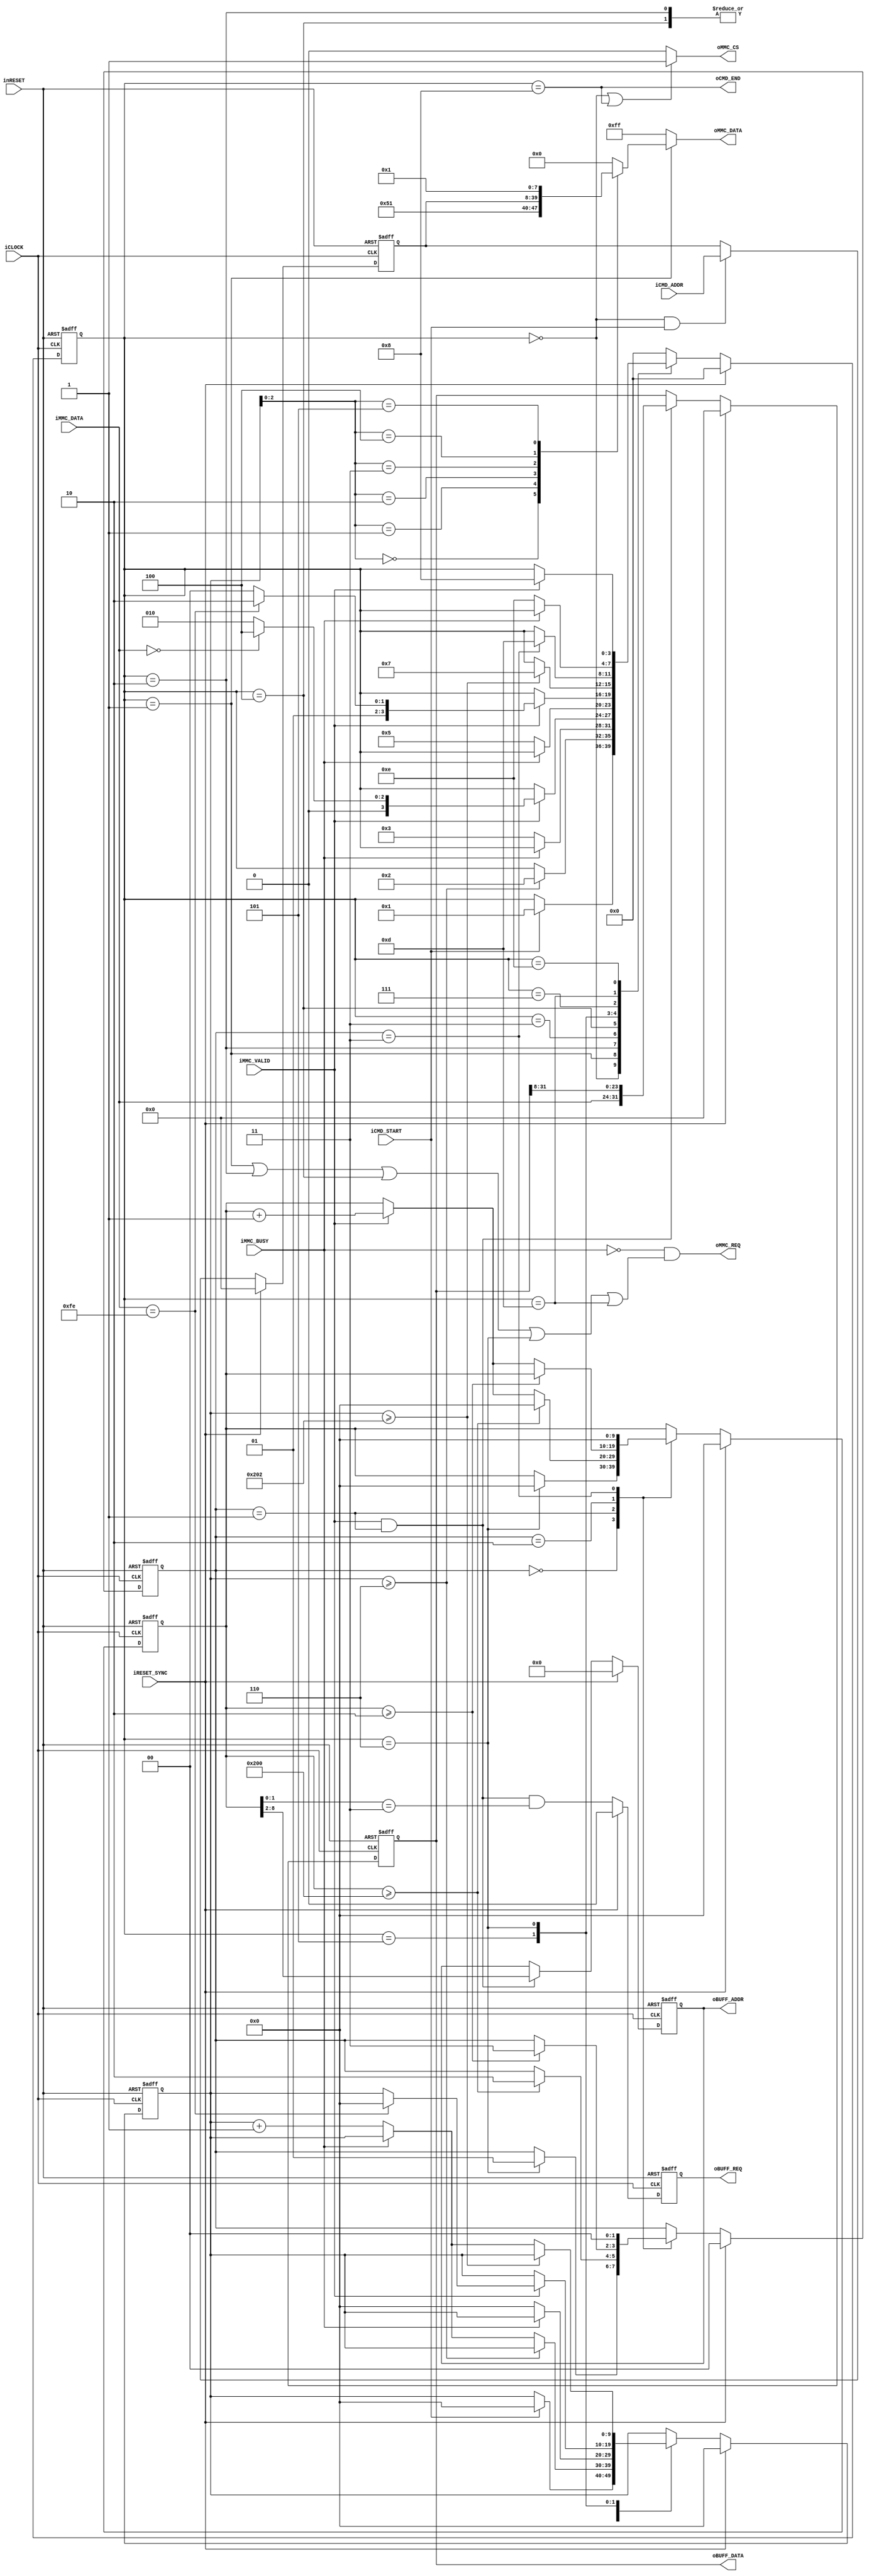
`default_nettype none


module mmc_cmd_control_layer_cmd17(
		input wire iCLOCK,
		input wire inRESET,
		input wire iRESET_SYNC,
		//
		input wire iCMD_START,
		input wire [31:0] iCMD_ADDR,
		output wire oCMD_END,
		//Buffer
		output wire oBUFF_REQ,
		output wire [6:0] oBUFF_ADDR,
		output wire [31:0] oBUFF_DATA,
		//Write
		output wire oMMC_REQ,
		input wire iMMC_BUSY,
		output wire oMMC_CS,
		output wire [7:0] oMMC_DATA,
		//Read
		input wire iMMC_VALID,
		input wire [7:0] iMMC_DATA
	);

	localparam PL_MAIN_STT_IDLE = 4'h0;
	localparam PL_MAIN_STT_CMD = 4'h1;
	localparam PL_MAIN_STT_RESP_REQ = 4'h2;
	localparam PL_MAIN_STT_RESP_GET = 4'h3;
	localparam PL_MAIN_STT_STBLOCK_REQ = 4'h4;
	localparam PL_MAIN_STT_STBLOCK_GET = 4'h5;
	localparam PL_MAIN_STT_DATA_GET = 4'h6;
	localparam PL_MAIN_STT_DATA_WAIT = 4'h7;

	localparam PL_MAIN_STT_DUMMY_REQ = 4'hd;
	localparam PL_MAIN_STT_DUMMY_GET = 4'he;
	
	localparam PL_MAIN_STT_END = 4'h8;

	
	//Data + CRC
	reg [1:0] b_receive_state;
	reg [9:0] b_receive_counter;
	
	localparam PL_RECEIVE_STT_IDLE = 2'h0;
	localparam PL_RECEIVE_STT_DATA_GET = 2'h1;
	localparam PL_RECEIVE_STT_CRC_GET = 2'h2;
	localparam PL_RECEIVE_STT_END = 2'h3;
	
	function [7:0] func_cmd_flame;
		input [2:0] func_select;
		input [31:0] func_addr;
		begin
			case(func_select)
				3'h0 : func_cmd_flame = 8'h51;
				3'h1 : func_cmd_flame = func_addr[31:24];
				3'h2 : func_cmd_flame = func_addr[23:16];
				3'h3 : func_cmd_flame = func_addr[15:8];
				3'h4 : func_cmd_flame = func_addr[7:0];
				3'h5 : func_cmd_flame = 8'h01;
				default : func_cmd_flame = 8'h00;
			endcase
		end
	endfunction

	reg [3:0] b_main_state;
	reg [9:0] b_main_count;
	reg [31:0] b_main_addr;
	
	always@(posedge iCLOCK or negedge inRESET)begin	
		if(!inRESET)begin
			b_main_addr <= 32'h0;
		end
		else if(iRESET_SYNC)begin
			b_main_addr <= 32'h0;
		end
		else begin
			if(b_main_state == PL_MAIN_STT_IDLE && iCMD_START)begin
				b_main_addr <= iCMD_ADDR;
			end
		end
	end
		
			

	always@(posedge iCLOCK or negedge inRESET)begin
		if(!inRESET)begin
			b_main_state <= PL_MAIN_STT_IDLE;
			b_main_count <= 10'h0;
		end
		else if(iRESET_SYNC)begin
			b_main_state <= PL_MAIN_STT_IDLE;
			b_main_count <= 10'h0;
		end
		else begin
			case(b_main_state)
				PL_MAIN_STT_IDLE:
					begin
						if(iCMD_START)begin
							b_main_state <= PL_MAIN_STT_CMD;
							b_main_count <= 10'h0;
						end
					end
				PL_MAIN_STT_CMD:
					begin
						if(b_main_count >= 10'h6)begin
							b_main_state <= PL_MAIN_STT_RESP_REQ;
						end
						else begin
							if(!iMMC_BUSY)begin
								b_main_count <= b_main_count + 10'h1;
							end
						end
					end
				PL_MAIN_STT_RESP_REQ:
					begin
						if(!iMMC_BUSY)begin
							b_main_count <= 10'h0;
							b_main_state <= PL_MAIN_STT_RESP_GET;
						end
					end
				PL_MAIN_STT_RESP_GET:
					begin
						if(iMMC_VALID)begin
							if(iMMC_DATA == 8'h00)begin
								b_main_state <= PL_MAIN_STT_STBLOCK_REQ;
							end
							else begin
								b_main_state <= PL_MAIN_STT_RESP_REQ;
							end
						end
					end
				PL_MAIN_STT_STBLOCK_REQ:
					begin
						if(!iMMC_BUSY)begin
							b_main_count <= 10'h0;
							b_main_state <= PL_MAIN_STT_STBLOCK_GET;
						end
					end
				PL_MAIN_STT_STBLOCK_GET:
					begin
						if(iMMC_VALID)begin
							if(iMMC_DATA == 8'hfe)begin
								b_main_state <= PL_MAIN_STT_DATA_GET;
								b_main_count <= 10'h0;
							end
							else begin
								b_main_state <= PL_MAIN_STT_STBLOCK_REQ;
							end
						end
					end
				PL_MAIN_STT_DATA_GET:
					begin
						if(b_main_count >= 10'd514)begin
							b_main_state <= PL_MAIN_STT_DATA_WAIT;
						end
						else begin
							if(!iMMC_BUSY)begin
								b_main_count <= b_main_count + 10'h1;
							end
						end
					end
				PL_MAIN_STT_DATA_WAIT:
					begin
						if(b_receive_state == PL_RECEIVE_STT_END)begin
							b_main_state <= PL_MAIN_STT_DUMMY_REQ;
						end
					end
				PL_MAIN_STT_DUMMY_REQ:
					begin
						if(!iMMC_BUSY)begin
							b_main_state <= PL_MAIN_STT_DUMMY_GET;
						end
					end
				PL_MAIN_STT_DUMMY_GET:
					begin
						if(iMMC_VALID)begin
							b_main_state <= PL_MAIN_STT_END;
						end
					end
					
					
				PL_MAIN_STT_END:
					begin
						b_main_state <= PL_MAIN_STT_IDLE;
					end
				default:
					begin
						b_main_state <= PL_MAIN_STT_IDLE;
					end
			endcase
		end
	end


	//Data + CRC
	always@(posedge iCLOCK or negedge inRESET)begin
		if(!inRESET)begin
			b_receive_state <= PL_RECEIVE_STT_IDLE;
			b_receive_counter <= 10'h0;
		end
		else if(iRESET_SYNC)begin
			b_receive_state <= PL_RECEIVE_STT_IDLE;
			b_receive_counter <= 10'h0;
		end
		else begin
			case(b_receive_state)
				PL_RECEIVE_STT_IDLE:
					begin
						if(b_main_state == PL_MAIN_STT_DATA_GET)begin
							b_receive_state <= PL_RECEIVE_STT_DATA_GET;
							b_receive_counter <= 10'h0;
						end
					end
				PL_RECEIVE_STT_DATA_GET:
					begin
						if(b_receive_counter >= 10'd512)begin
							b_receive_state <= PL_RECEIVE_STT_CRC_GET;
							b_receive_counter <= 10'h0;
						end
						else begin
							if(iMMC_VALID)begin
								b_receive_counter <= b_receive_counter + 10'h1;
							end
						end
					end
				PL_RECEIVE_STT_CRC_GET:
					begin
						if(b_receive_counter >= 10'h2)begin
							b_receive_state <= PL_RECEIVE_STT_END;
						end
						else begin
							if(iMMC_VALID)begin
								b_receive_counter <= b_receive_counter + 10'h1;
							end
						end
					end
				PL_RECEIVE_STT_END:
					begin
						b_receive_state <= PL_RECEIVE_STT_IDLE;
						b_receive_counter <= 9'h0;
					end
				default:
					begin
						b_receive_state <= PL_RECEIVE_STT_IDLE;
						b_receive_counter <= 9'h0;
					end
			endcase
		end
	end

	//Data Receive Buffer
	reg b_recbuff_valid;
	reg [6:0] b_recbuff_addr;
	reg [31:0] b_recbuff_data;
	always@(posedge iCLOCK or negedge inRESET)begin
		if(!inRESET)begin
			b_recbuff_valid <= 1'b0;
			b_recbuff_addr <= 7'h0;
			b_recbuff_data <= 32'h0;
		end
		else if(iRESET_SYNC)begin
			b_recbuff_valid <= 1'b0;
			b_recbuff_addr <= 7'h0;
			b_recbuff_data <= 32'h0;
		end
		else begin
			b_recbuff_valid <= iMMC_VALID && (b_receive_state == PL_RECEIVE_STT_DATA_GET) && (b_receive_counter[1:0] == 2'h3);//(b_receive_counter != 10'h0) && (b_receive_counter[1:0] == 2'h0);
			if(iMMC_VALID && b_receive_state == PL_RECEIVE_STT_DATA_GET)begin
				b_recbuff_addr <= b_receive_counter[8:2];
				b_recbuff_data <= {iMMC_DATA, b_recbuff_data[31:8]};
			end
		end
	end



	assign oBUFF_REQ = b_recbuff_valid;
	assign oBUFF_ADDR = b_recbuff_addr;
	assign oBUFF_DATA = b_recbuff_data;

	assign oCMD_END = (b_main_state == PL_MAIN_STT_END);

	assign oMMC_REQ = !iMMC_BUSY && (b_main_state == PL_MAIN_STT_CMD || b_main_state == PL_MAIN_STT_RESP_REQ || b_main_state == PL_MAIN_STT_STBLOCK_REQ || b_main_state == PL_MAIN_STT_DATA_GET || b_main_state == PL_MAIN_STT_DUMMY_REQ);//b_receive_state == PL_RECEIVE_STT_DATA_GET || b_receive_state == PL_RECEIVE_STT_CRC_GET);
	assign oMMC_CS = (b_main_state == PL_MAIN_STT_IDLE || b_main_state == PL_MAIN_STT_END)? 1'b1 : 1'b0;
	assign oMMC_DATA = (b_main_state == PL_MAIN_STT_CMD)? func_cmd_flame(b_main_count, b_main_addr) : 8'hff;



endmodule

`default_nettype wire